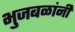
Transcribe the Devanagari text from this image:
भुजबळांनी